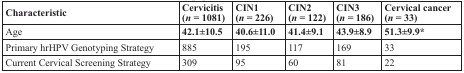
<table><thead><tr><td><b>Characteristic</b></td><td><b>Cervicitis (<i>n</i> = 1081)</b></td><td><b>CIN1 (<i>n</i> = 226)</b></td><td><b>CIN2 (<i>n</i> = 122)</b></td><td><b>CIN3 (<i>n</i> = 186)</b></td><td><b>Cervical cancer (<i>n</i> = 33)</b></td></tr></thead><tbody><tr><td>Age</td><td><b>42.1±10.5</b></td><td><b>40.6±11.0</b></td><td><b>41.4±9.1</b></td><td><b>43.9±8.9</b></td><td><b>51.3±9.9*</b></td></tr><tr><td>Primary hrHPV Genotyping Strategy</td><td>885</td><td>195</td><td>117</td><td>169</td><td>33</td></tr><tr><td>Current Cervical Screening Strategy</td><td>309</td><td>95</td><td>60</td><td>81</td><td>22</td></tr></tbody></table>